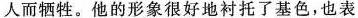
人而牺牲。他的形象很好地衬托了基色，也表